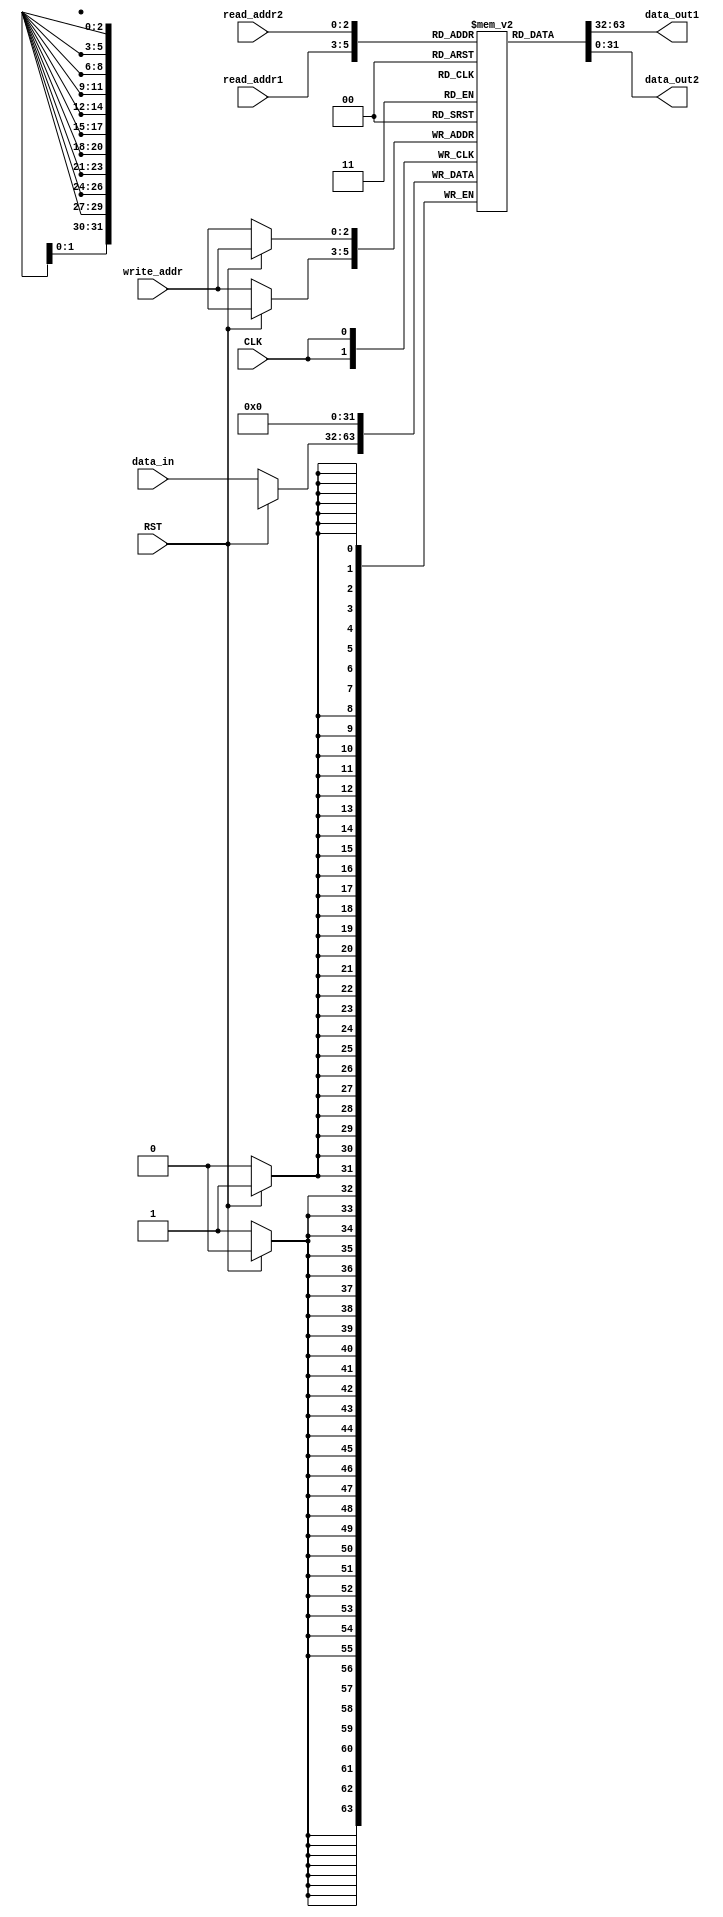
module Circular_Register_File(
  input wire CLK, // Clock signal
  input wire RST, // Reset signal
  input wire [2:0] read_addr1, // Read address 1
  input wire [2:0] read_addr2, // Read address 2
  input wire [2:0] write_addr, // Write address
  input wire [31:0] data_in, // Data input for writing
  output reg [31:0] data_out1, // Data output from read port 1
  output reg [31:0] data_out2 // Data output from read port 2
);

reg [31:0] registers [0:7]; // Array of registers of size 8

// Read data from the specified registers
assign data_out1 = registers[read_addr1];
assign data_out2 = registers[read_addr2];

// Write data to the specified register
always @(posedge CLK) begin
  if(RST) begin
    registers[write_addr] <= 32'h0; // Reset all registers to 0
  end else begin
    registers[write_addr] <= data_in; // Write data to the specified register
  end
end

endmodule